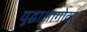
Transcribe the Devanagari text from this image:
युद्धाआगोदर